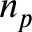
n _ { p }